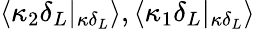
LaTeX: \langle\kappa_{2}\delta_{L}|_{\kappa\delta_{L}}\rangle,\langle\kappa_{1}\delta_{L}|_{\kappa\delta_{L}}\rangle